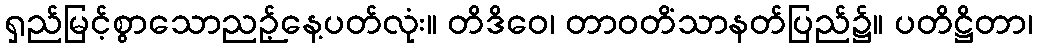
ရှည်မြင့်စွာသောညဉ့်နေ့ပတ်လုံး။ တိဒိဝေ၊ တာဝတိံသာနတ်ပြည်၌။ ပတိဋ္ဌိတာ၊